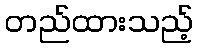
တည်ထားသည့်